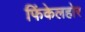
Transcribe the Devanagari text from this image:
फिंकेलहोर